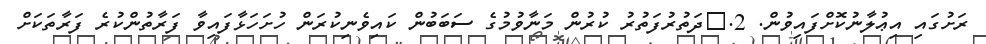
ރަށުގައި އިޢުލާނުކޮށްފައިވުން. 2.	ދަތުރުފަތުރު ކުރުން މަނާވުމުގެ ސަބަބުން ކައިވެނިކުރަން ހުށަހަޅާފައިވާ ފަރާތުންކުރެ ފަރާތަކަށް